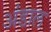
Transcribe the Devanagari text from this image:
अंडाल